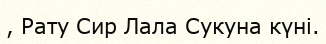
, Рату Сир Лала Сукуна күні.